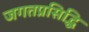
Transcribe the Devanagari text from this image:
जगतप्रसिद्धि